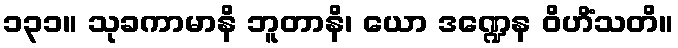
၁၃၁။ သုခကာမာနိ ဘူတာနိ၊ ယော ဒဏ္ဍေန ဝိဟိံသတိ။